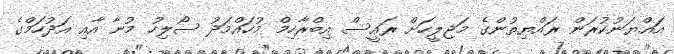
އައްޔަނުކުރަން ރައްޔިތުންގެ މަޖިލީހަށް ރައީސް އިބްރާހިމް މުހައްމަދު ސޯލިހު މުނާ އާއި އަދުހަމްގެ